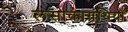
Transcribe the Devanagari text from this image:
लसाकाग्रंथियाँ